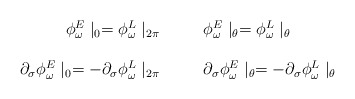
\begin{align*}\begin{array}{cc}\phi^E_\omega \mid_0 = \phi^L_\omega \mid_{2\pi} \hspace{10mm} \phi^E_\omega \mid_\theta =\phi^L_\omega \mid_\theta \\\\\partial_{\sigma} \phi^E_\omega \mid_0 = - \partial_{\sigma}\phi^L_\omega \mid_{2\pi} \hspace{10mm} \partial_{\sigma} \phi^E_\omega \mid_\theta = - \partial_{\sigma} \phi^L_\omega \mid_\theta\end{array}\end{align*}